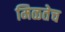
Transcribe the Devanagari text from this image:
मिळतेच